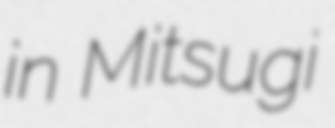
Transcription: in Mitsugi